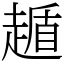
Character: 䞺